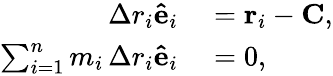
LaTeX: \begin{array}{rl}{\Delta r_{i}\mathbf{\hat{e}}_{i}}&{{}=\mathbf{r}_{i}-\mathbf{C},}\\ {\sum_{i=1}^{n}m_{i}\, \Delta r_{i}\mathbf{\hat{e}}_{i}}&{{}=0,}\end{array}